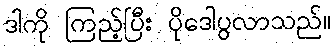
ဒါကို ကြည့်ပြီး ပိုဒေါပွလာသည်။